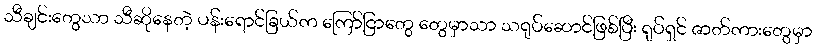
သီချင်းတွေသာ သီဆိုနေတဲ့ ပန်းရောင်ခြယ်က ကြော်ငြာတွေ တွေမှာသာ သရုပ်ဆောင်ဖြစ်ပြီး ရုပ်ရှင် ဇာတ်ကားတွေမှာ